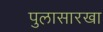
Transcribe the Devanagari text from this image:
पुलासारखा